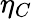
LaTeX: \eta_{C}